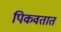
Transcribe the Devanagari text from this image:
पिकवतात